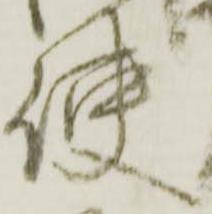
使